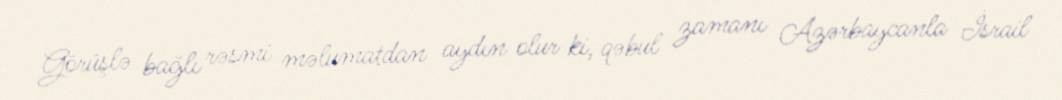
Görüşlə bağlı rəsmi məlumatdan aydın olur ki, qəbul zamanı Azərbaycanla İsrail